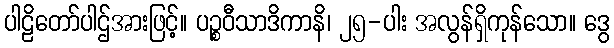
ပါဠိတော်ပါဌ်အားဖြင့်။ ပဉ္စဝီသာဒိကာနိ၊ ၂၅-ပါး အလွန်ရှိကုန်သော။ ဒွေ